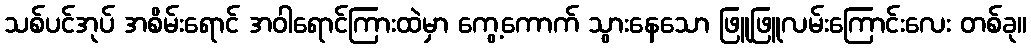
သစ်ပင်အုပ် အစိမ်းရောင် အဝါရောင်ကြားထဲမှာ ကွေ့ကောက် သွားနေသော ဖြူဖြူလမ်းကြောင်းလေး တစ်ခု။